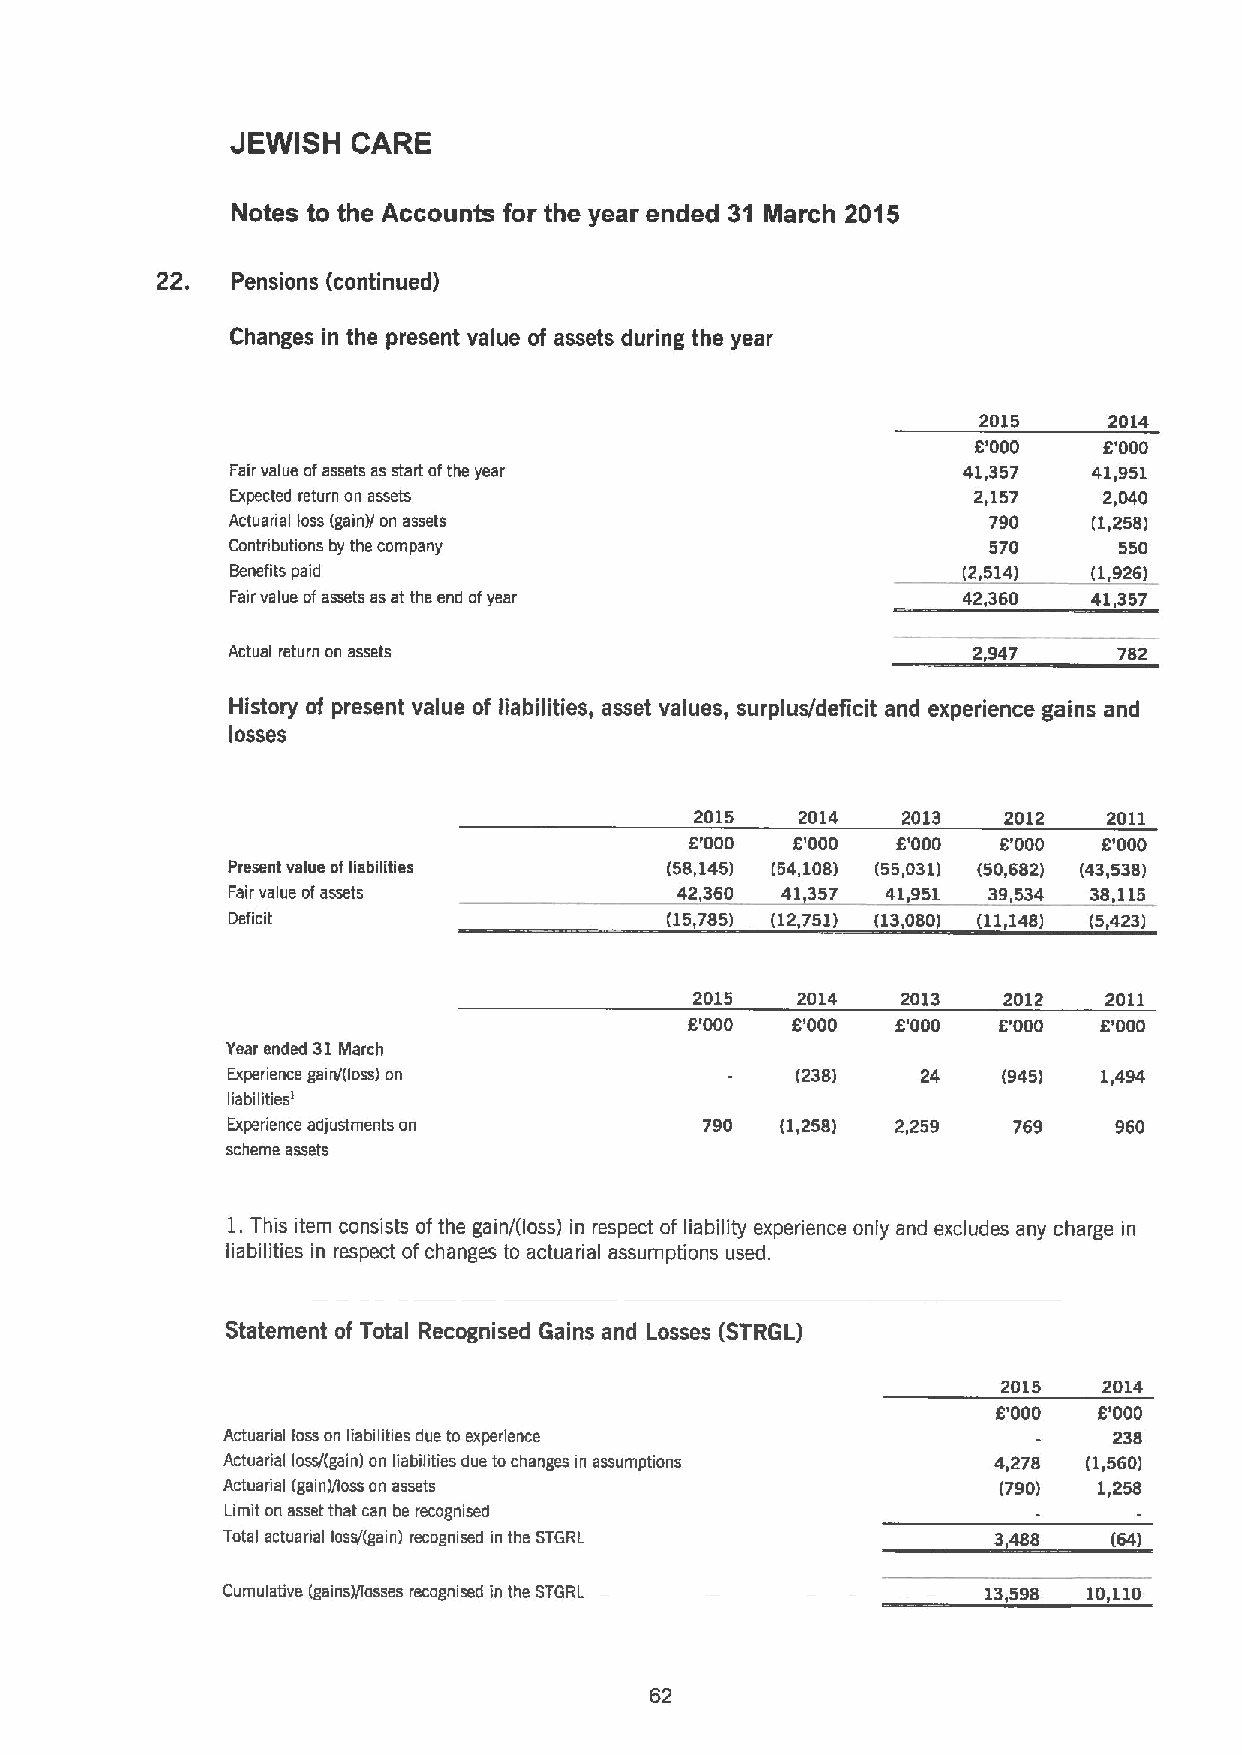
JEWISH  CARE
 Notes to the Accounts for the year ended 31 March 2015
 22.  Pensions (continued)
 Changes in the present value of assets during the year
 2015    2014
 8'000   6'000
 Fair value ofassets as start ofthe year          41,357  41,951
 Expected return on assets                         2,157   2,040
 Actuarial loss (gain)/ on assets                  790    (1,258)
 Contributions by the company                      570      550
 Benefits paid                                    (2,514) (1,926)
 Fairvalue ofassets asat the end ofyear           42,360  41,357
 Actual return on assets                          2,947     782
 History of present value of liabilities, asset values, surplus/deficit and experience gains and
 losses
 2015   2014   2013  2012   2011
 6'000 6'000  6'000  6'000  6'000
 Present value ofliabilities  (58,145) (54,108) (55,031) (50,682) (43,538)
 Fairvalue ofassets            42,360 41,357 41,951 39,534 38,115
 Deficit                      (15,785) (12,751) (13,080) (11,148) (5,423)
 2015   2014   2013  2012   2011
 6'000 6'000  5'000  6'000  8'000
 Year ended 31March
 Experience gain/(loss) on             (238)   24   (945)  1,494
 liabilities'
 Experience adjustments on       790  (1,258) 2,259  769    960
 scheme assets
 1.This item consists ofthe gain/(loss) in respect of liability experience only and excludes any charge in
 liabilities in respect of changes to actuarial assumptions used.
 Statement of Total Recognised Gains and Losses (STRGL)
 2015   2014
 6'000  6'000
 Actuarial loss on liabilities due to experience            238
 Actuarial loss/(gain) on liabilities due tochanges in assumptions 4,278 (1,560)
 Actuadial (gain)/loss on assets                    (790)  1,258
 Limit on asset that can be recognised
 Total actuarial tosar(gain) recognised in the STGRL 3,488  (64)
 Cumulative (gains)/losses recognised in the STGRL 13,598 10,110
 62